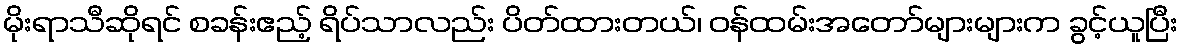
မိုးရာသီဆိုရင် စခန်းဧည့် ရိပ်သာလည်း ပိတ်ထားတယ်၊ ဝန်ထမ်းအတော်များများက ခွင့်ယူပြီး